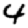
Digit: 4